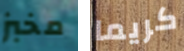
مخبز كريما